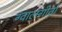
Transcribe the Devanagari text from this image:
ग्वालगीतों